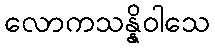
လောကသန္နိဝါသေ